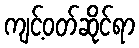
ကျင့်ဝတ်ဆိုင်ရာ